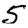
Digit: 5